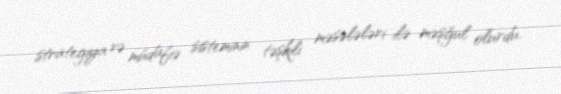
strategiya və müdafiə sisteminin təşkili məsələləri ilə məşğul olurdu.